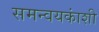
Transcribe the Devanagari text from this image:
समन्वयकांशी